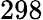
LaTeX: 298